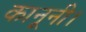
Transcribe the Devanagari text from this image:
कानूनी।